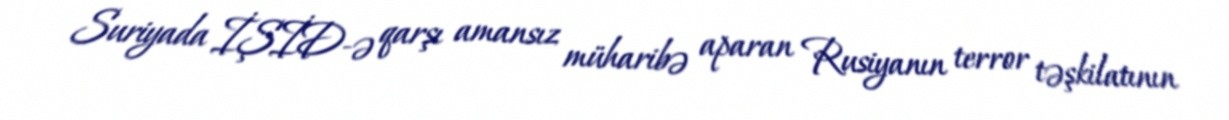
Suriyada İŞİD-ə qarşı amansız müharibə aparan Rusiyanın terror təşkilatının